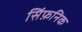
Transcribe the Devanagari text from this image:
सिंफ़निक